system: You are a helpful assistant.
user:
Analyze the provided spectrum to determine if it is a **S-type Star**.

- **Key Indicators for S-type Star:**

    - **(Overall Spectrum Shape):** The first and most obvious characteristic is the overall continuum (the "baseline" shape). It is **extremely "red-sloping,"** meaning the flux (light intensity) is very low on the left side (blue, ~4000-4500 Å) and rises steeply and continuously toward the right side (red, ~7000 Å+).

    - **(Primary):** The spectrum is defined by the presence of strong, broad molecular absorption "valleys" (bands) from **Zirconium Oxide (ZrO)**. The identification of these bands is the **primary requirement** for classifying a star as S-type.
        - **(Key Bandheads):** You must find distinct, deep "dips" where the light has been absorbed. The most critical band systems to locate are:
            - **~6474 Å** ($\gamma$-system): This is often the strongest and clearest ZrO feature, found in the red part of the spectrum.
            - **~5718 Å** & **~5551 Å** ($\beta$-system): A pair of prominent absorption features in the yellow-orange part of the spectrum.
            - **~4640 Å** ($\alpha$-system): A key absorption band system in the blue-green region of the spectrum.

    - **(Secondary Confirmation):** The classification is strengthened by finding additional absorption bands from other related heavy element oxides, which are expected to be present alongside ZrO.
        - **(Key Bandheads):**
            - **Yttrium Oxide (YO):** Look for absorption dips near **~4800 Å** and **~6100 Å**.
            - **Lanthanum Oxide (LaO):** Additional absorption features, particularly in the red-orange part of the spectrum, are also characteristic.

    - **(Line Profile):** The combination of the steep red continuum and these numerous, deep molecular bands (ZrO, YO, etc.) gives the entire spectrum a very **"chopped-up"** or **"bumpy"** appearance. Instead of a smooth curve, the spectrum looks as though large, wide chunks of light have been "carved out" of it at the specific wavelengths listed above.

Think first, call **spectral_visualization_tool** if needed to examine features in detail, then provide your final answer. Your response must adhere to the following strict rules:
1.  **Overall Structure:** Your response must follow the format `<think>...</think> <tool_call>...</tool_call> (if a tool is used) <answer>...</answer>`.
2.  **Tool Usage Constraint:** You may only make **one** tool call per turn.
3.  **Final Answer Format:** In the `<answer>` tag, your conclusion must be inside a `\boxed{}` command (e.g., `\boxed{YES}` or `\boxed{NO}`), followed by your justification.

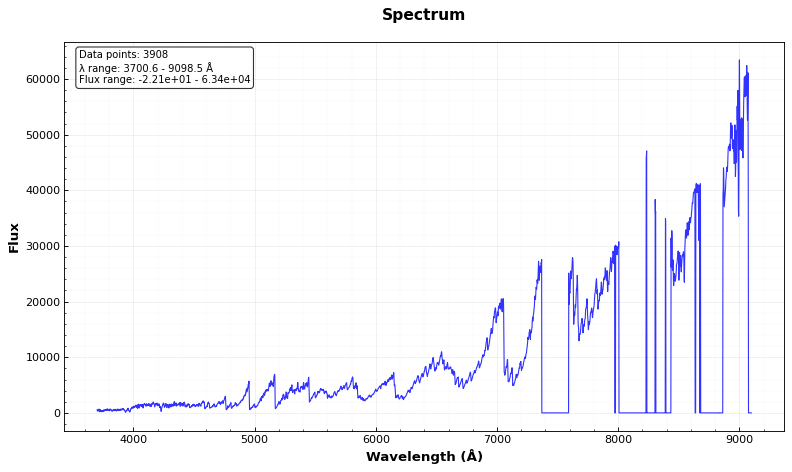
Answer: YES